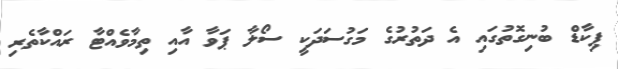
ޕިކާޑް ބުނިގޮތުގައި އެ ދަތުރުގެ މަގުސަދަކީ ސޯލާ ޕަވާ އާއި ތިމާވެއްޓާ ރައްކާތެރި